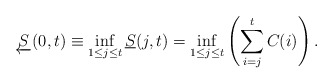
\begin{align*} \underleftarrow{S}(0,t) \equiv \inf_{1\le j\le t} \underline{S}(j,t) = \inf_{{1}\le{j}\le{t}}\left(\sum\limits_{i=j}\limits^{t}{C(i)}\right).\end{align*}